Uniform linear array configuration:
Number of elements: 24
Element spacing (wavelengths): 0.5
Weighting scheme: binomial
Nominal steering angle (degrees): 15
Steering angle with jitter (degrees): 13.513
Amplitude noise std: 0.05
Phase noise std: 0.05

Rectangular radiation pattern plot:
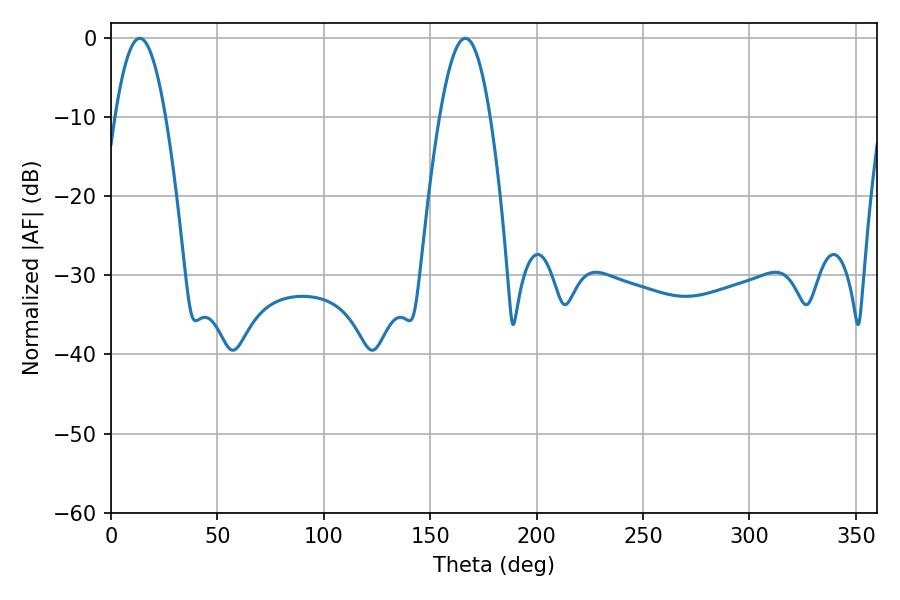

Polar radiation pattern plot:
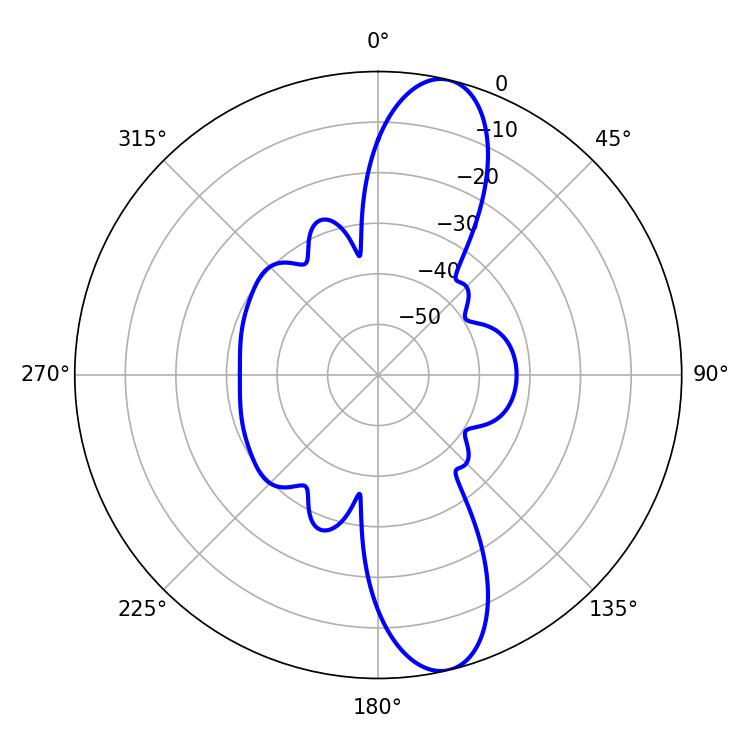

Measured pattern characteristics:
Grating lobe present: FALSE
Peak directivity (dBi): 12.47
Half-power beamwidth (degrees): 12.78
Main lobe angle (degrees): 13.5